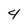
Character: 4